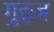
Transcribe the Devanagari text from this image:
गुइज़